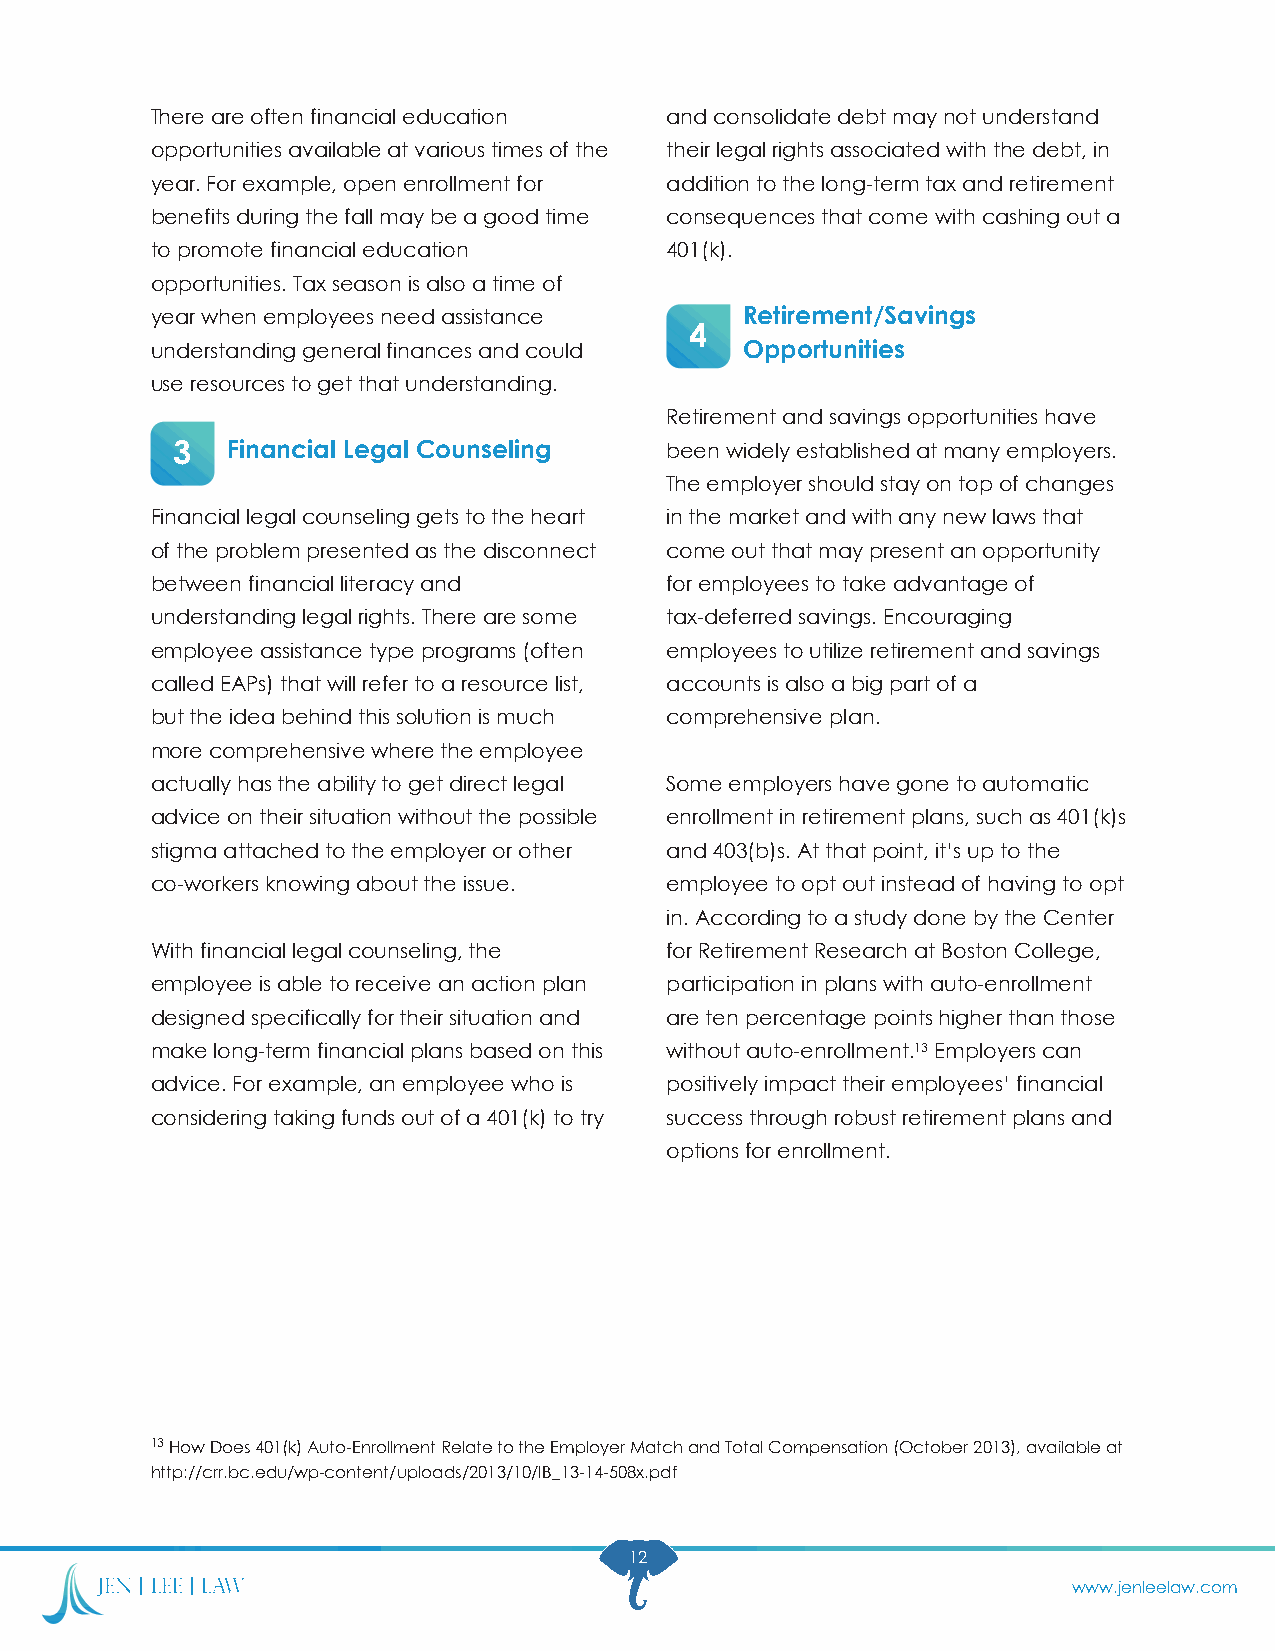
There are often financial education and consolidate debt may not understand
 opportunities available at various times of the their legal rights associated with the debt, in
 year. For example, open enrollment for addition to the long-term tax and retirement
 benefits during the fall may be a good time consequences that come with cashing out a
 to promote financial education    401(k).
 opportunities. Tax season is also a time of
 year when employees need assistance    Retirement/Savings
 4
 understanding general finances and could Opportunities
 use resources to get that understanding.
 Retirement and savings opportunities have
 3   Financial Legal Counseling   been widely established at many employers.
 The employer should stay on top of changes
 Financial legal counseling gets to the heart in the market and with any new laws that
 of the problem presented as the disconnect come out that may present an opportunity
 between financial literacy and    for employees to take advantage of
 understanding legal rights. There are some tax-deferred savings. Encouraging
 employee assistance type programs (often employees to utilize retirement and savings
 called EAPs) that will refer to a resource list, accounts is also a big part of a
 but the idea behind this solution is much comprehensive plan.
 more comprehensive where the employee
 actually has the ability to get direct legal Some employers have gone to automatic
 advice on their situation without the possible enrollment in retirement plans, such as 401(k)s
 stigma attached to the employer or other and 403(b)s. At that point, it’s up to the
 co-workers knowing about the issue. employee to opt out instead of having to opt
 in. According to a study done by the Center
 With financial legal counseling, the for Retirement Research at Boston College,
 employee is able to receive an action plan participation in plans with auto-enrollment
 designed specifically for their situation and are ten percentage points higher than those
 make long-term financial plans based on this without auto-enrollment.13 Employers can
 advice. For example, an employee who is positively impact their employees’ financial
 considering taking funds out of a 401(k) to try success through robust retirement plans and
 options for enrollment.
 13 How Does 401(k) Auto-Enrollment Relate to the Employer Match and Total Compensation (October 2013), available at
 http://crr.bc.edu/wp-content/uploads/2013/10/IB_13-14-508x.pdf
 12
 www.jenleelaw.com